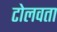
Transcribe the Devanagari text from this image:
टोलवता